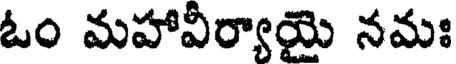
ఓం మహావీర్యాయై నమః